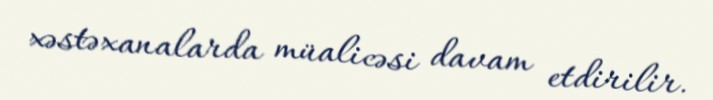
xəstəxanalarda müalicəsi davam etdirilir.